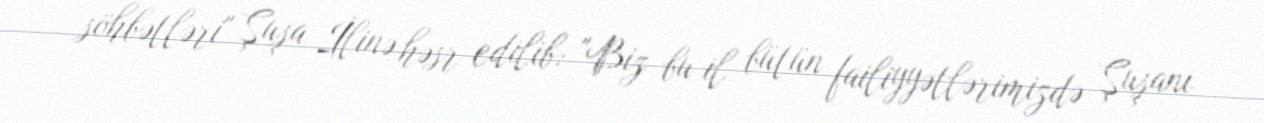
söhbətləri" Şuşa İlinə həsr edilib: "Biz bu il bütün failiyyətlərimizdə Şuşanı